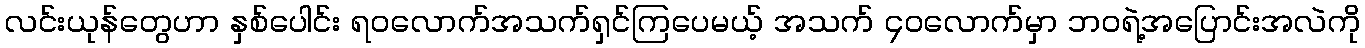
လင်းယုန်တွေဟာ နှစ်ပေါင်း ရဝလောက်အသက်ရှင်ကြပေမယ့် အသက် ၄၀လောက်မှာ ဘဝရဲ့အပြောင်းအလဲကို